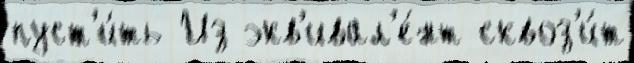
пуст'и́ть Из экв'ивал'е́нт сквоз'и́т